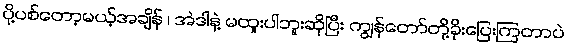
ပို့ပစ်တော့မယ့်အချိန် ၊ အဲဒါနဲ့ မထူးပါဘူးဆိုပြီး ကျွန်တော်တို့ခိုးပြေးကြတာပဲ